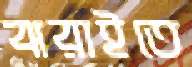
ঝরাইতে